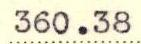
360.38